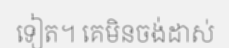
ទៀត។ គេមិនចង់ដាស់